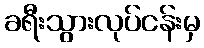
ခရီးသွားလုပ်ငန်းမှ